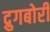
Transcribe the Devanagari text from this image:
द्रुगबोरी